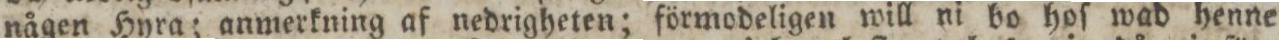
någen Hyra; anmerkning af nedrigheten; förmodeligen will ni bo hoſ wad henne